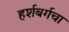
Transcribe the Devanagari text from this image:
हर्शबर्गचा